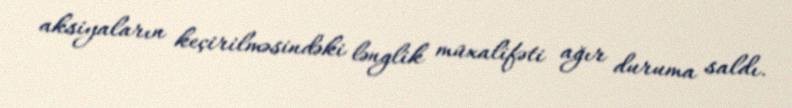
aksiyaların keçirilməsindəki lənglik müxalifəti ağır duruma saldı.